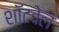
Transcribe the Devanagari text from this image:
शॉटवेल